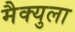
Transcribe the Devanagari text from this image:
मैक्युला